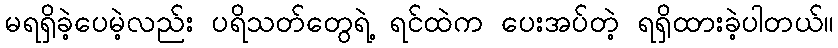
မရရှိခဲ့ပေမဲ့လည်း ပရိသတ်တွေရဲ့ ရင်ထဲက ပေးအပ်တဲ့ ရရှိထားခဲ့ပါတယ်။